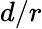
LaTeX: d/r